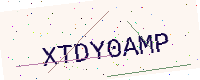
Text: XTDY0AMP